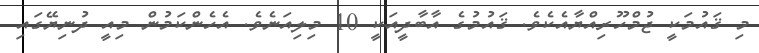
މި ޤައުމަކީ ޖުމްހޫރިއްޔާއެކެވެ. ޤައުމުގެ އާބާދީއަކީ 10 މިލިއަނެވެ. އެހެންކަމުން މިއީ ދުނިޔޭގައި